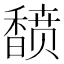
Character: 𬳟